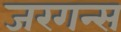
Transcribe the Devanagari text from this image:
जरगन्स